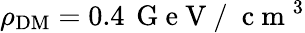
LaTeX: \rho_{\mathrm{DM}}=0.4\, \mathrm{~G~e~V~/~}\mathrm{~c~m~}^{3}